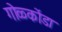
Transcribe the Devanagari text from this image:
गोळ्कोंडा